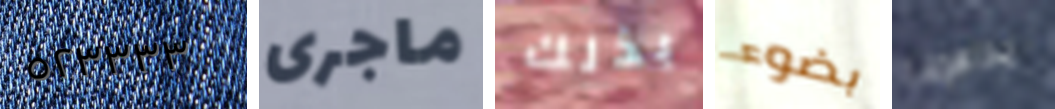
٥٢٣٣٣٣ ماجرى بذلك بضوء يداهمنا